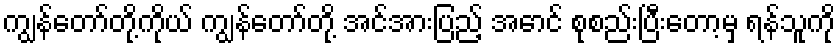
ကျွန်တော်တို့ကိုယ် ကျွန်တော်တို့ အင်အားပြည့် အောင် စုစည်းပြီးတော့မှ ရန်သူကို